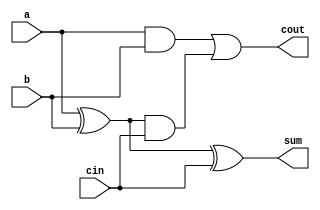

module fulladder(a,b,cin,sum,cout);
        input a,b,cin;
        output sum,cout;
        assign sum=(a^b)^cin;
        assign cout=(a&b) || (a^b)&cin ;
endmodule

module blockSize8(a,b,cin,sum,cout);
	input [7:0] a,b;
	input cin;
	output [7:0] sum;
	output cout;
	wire x1,x2,x3,x4,x5,x6,x7,x8,y1,y2,y3,y4,y5,y6,y7,y8;
	assign x1 = a[0];
	assign x2 = a[1];
	assign x3 = a[2];
	assign x4 = a[3];
	assign x5 = a[4];
	assign x6 = a[5];
	assign x7 = a[6];
	assign x8 = a[7];
	assign y1 = b[0];
	assign y2 = b[1];
	assign y3 = b[2];
	assign y4 = b[3];
	assign y5 = b[4];
	assign y6 = b[5];
	assign y7 = b[6];
	assign y8 = b[7];
	assign cout =((x8^y8)&&(x7^y7)&&(x6|y6)&& ((x5&y5)||(x4&y4)||(x3&y3)||(x2&y2)||(x1&y1))) || (x6&y6)&&(x7^y7)&&(x8^y8) || (x7&y7)&&(x8^y8) || (x8&&y8);
	wire c[7:0];
	fulladder f0(a[0],b[0],cin,sum[0],c[0]);
	fulladder f1(a[1],b[1],c[0],sum[1],c[1]);
	fulladder f2(a[2],b[2],c[1],sum[2],c[2]);
	fulladder f3(a[3],b[3],c[2],sum[3],c[3]);
	fulladder f4(a[4],b[4],c[3],sum[4],c[4]);
	fulladder f5(a[5],b[5],c[4],sum[5],c[5]);
	fulladder f6(a[6],b[6],c[5],sum[6],c[6]);
	fulladder f7(a[7],b[7],c[6],sum[7],c[7]);
endmodule

module adder8_8(a,b,sum);
	input [7:0]a,b;
	output [7:0] sum;
	wire c0;
	blockSize8 b0(a[7:0],b[7:0],1'b0,sum[7:0],c0);
	//assign sum[8] = c0;
endmodule